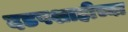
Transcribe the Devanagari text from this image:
दडपशाहीच्या